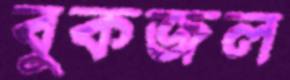
বুকজল